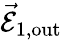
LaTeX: \vec{\mathcal{E}}_{1,\mathrm{{out}}}